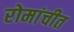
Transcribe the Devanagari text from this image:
रोमांचीत